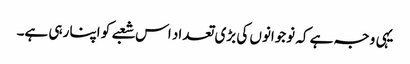
یہی وجہ ہے کہ نوجوانوں کی بڑی تعداد اس شعبے کو اپنا رہی ہے۔